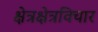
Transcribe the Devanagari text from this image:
क्षेत्रक्षेत्रविचार